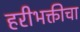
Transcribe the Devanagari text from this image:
हरीभक्तीचा